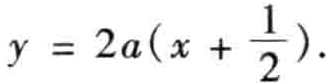
\(y = 2a(x + \frac{1}{2})\)